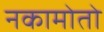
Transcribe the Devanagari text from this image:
नकामोतो